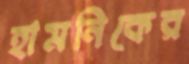
হামনিকের